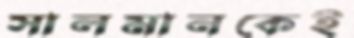
সালমানকেই